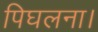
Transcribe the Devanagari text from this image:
पिघलना।